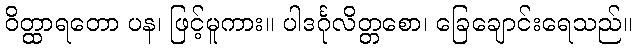
ဝိတ္ထာရတော ပန၊ ဖြင့်မူကား။ ပါဒင်္ဂုလိတ္တစော၊ ခြေချောင်းရေသည်။